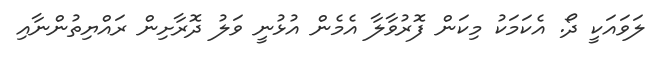
ލަވައަކީ ދޯ. އެކަމަކު މިކަން ފޮރުވާލާ އެމެން އުޅުނީ ވަލު ދޮރާށިން ރައްޔިތުންނާއި